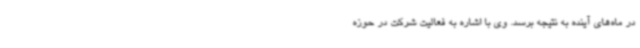
در ماه‌های آینده به نتیجه برسد. وی با اشاره به فعالیت شرکت در حوزه